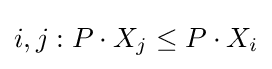
i,j:P\cdot X_{j}\leq P\cdot X_{i}